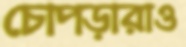
চোপড়ারাও